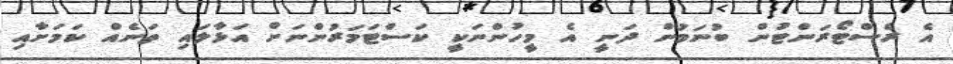
އެ ރެސްޓޯރަންޓުން ބުނަމުން ދަނީ އެ މީހުންނަކީ ކަސްޓަމަރުންނަށް އަޅާލައި ތަނެއް ކަމަށާއި